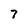
Character: 7